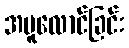
အပူလောင်ခြင်း